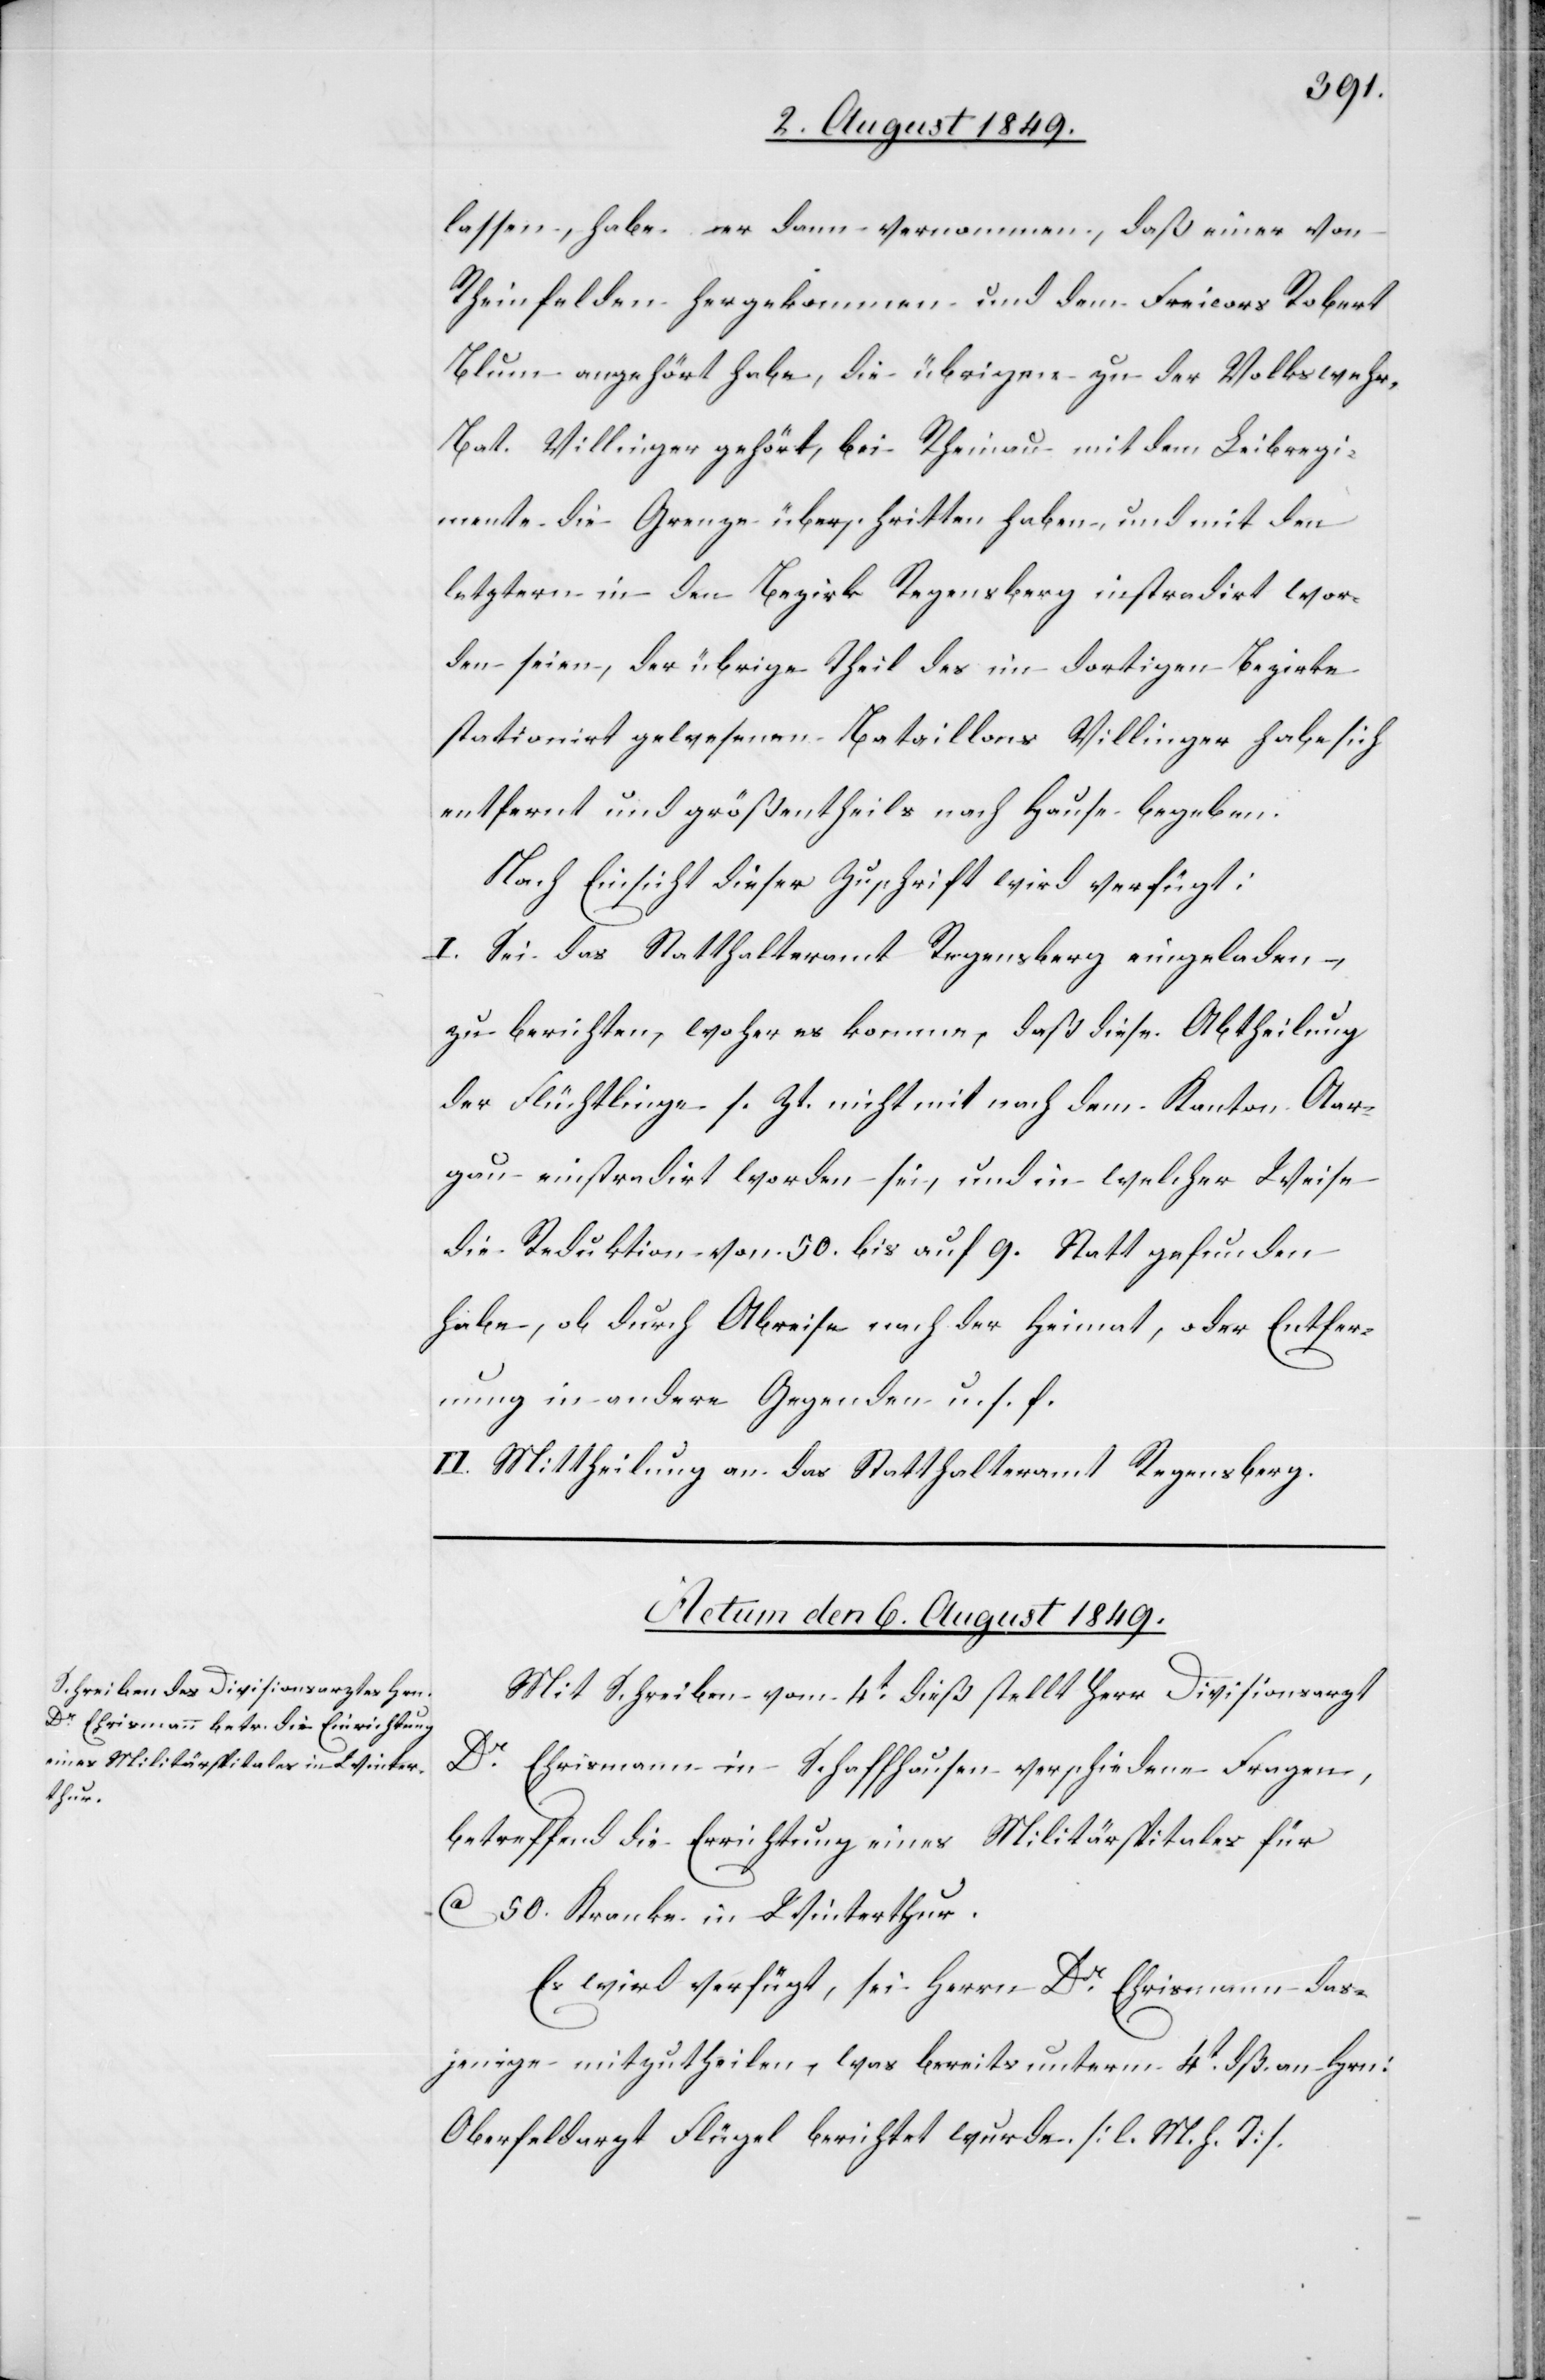
lassen, habe er dann vernommen, daß einer von
Rheinfelden hergekommen und dem Freicors Robert
Blum angehört habe, die übrigens zu der Volkswehr-B¬
at. Villinger gehört, bei Rheinau mit dem Leibregi¬
mente die Grenze überschritten haben, und mit den
letztern in den Bezirk Regensberg instradirt wor¬
den seien, der übrige Theil des im dortigen Bezirke
stationirt gewesenen Bataillons Villinger habe sich
entfernt und größentheils nach Hause begeben.
Nach Einsicht dieser Zuschrift wird verfügt:
I. Sei das Statthalteramt Regensberg eingeladen,
zu berichten, woher es komme, daß diese Abtheilung
der Flüchtlinge s. Zt. nicht mit nach dem Kanton Aar¬
gau einstradirt [sic!] worden sei, und in welcher Weise
die Reduktion von 50. bis auf 9. statt gefunden
habe, ob durch Abreise nach der Heimat, oder Entfer¬
nung in andere Gegenden u. s. f.
II. Mittheilung an das Statthalteramt Regensberg.
Actum den 6. August 1849.
Mit Schreiben vom 4t dieß stellt Herr Divisionsarzt
Dr Ehrismann in Schaffhausen verschiedene Fragen,
betreffend die Errichtung eines Militärspitales für
ca 50. Kranke in Winterthur.
Es wird verfügt, sei Herrn Dr Ehrismann das¬
jenige mitzutheilen, was bereits unterm 4t dß. an Hrn:
Oberfeldarzt Flügel berichtet wurde. [l. M. h. T]